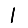
Digit: 1